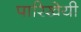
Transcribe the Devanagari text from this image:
पारिखेयी